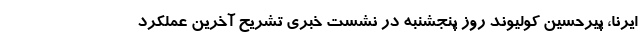
ایرنا، پیرحسین کولیوند روز پنجشنبه در نشست خبری تشریح آخرین عملکرد